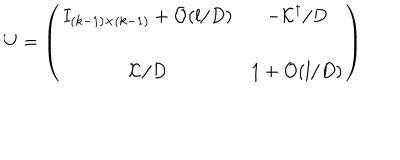
U = \left( \begin{array} { c c } { { I _ { ( k - 1 ) \times ( k - 1 ) } + { \cal O } ( l / D ) } } & { { - { \cal K } ^ { \dagger } / D } } \\ { { { \cal K } / D } } & { { 1 + { \cal O } ( l / D ) } } \\ \end{array} \right)